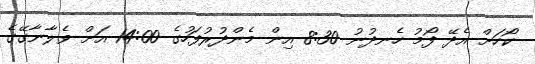
ކޯހަށް އެދޭ ފޯމު ހެނދުނު 8:30 އިން މެންދުރުފަހުގެ 14:00 އަށް ވެލާނާގޭގެ